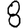
Digit: 8